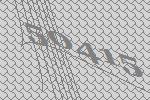
50415